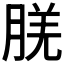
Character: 𬁿